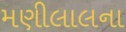
મણીલાલના